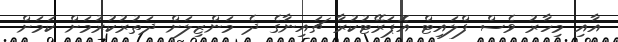
އާއި މިހާރު ވެސް ފްލައިޓް އޮޕަރޭޓުކުރާ ޗައިނާގެ ދެ މަންޒިލަށް ދަތުރުކުރުމަށް ކަމަށް